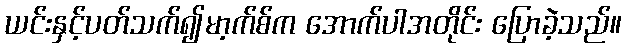
ယင်းနှင့်ပတ်သက်၍မာ့က်စ်က အောက်ပါအတိုင်း ပြောခဲ့သည်။